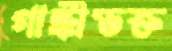
গান্ধীভক্ত